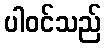
ပါဝင်သည်